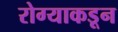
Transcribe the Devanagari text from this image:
रोग्याकडून